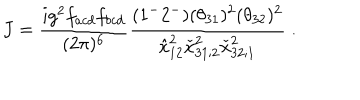
LaTeX: J = { \frac { i g ^ { 2 } f _ { a c d } f _ { b c d } } { ( 2 \pi ) ^ { 6 } } } { \frac { ( 1 ^ { - } 2 ^ { - } ) ( \theta _ { 3 1 } ) ^ { 2 } ( \theta _ { 3 2 } ) ^ { 2 } } { \hat { x } _ { 1 2 } ^ { 2 } \check { x } _ { 3 1 ; 2 } ^ { 2 } \check { x } _ { 3 2 ; 1 } ^ { 2 } } } \; .